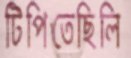
টিপিতেছিলি